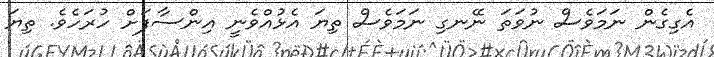
އެގިގެން ނަމަވެސް ނުވަތަ ނޭނގި ނަމަވެސް ތިޔަ އެޅުއްވެނީ އިންސާފަށް ހުރަހެވެ. ތިޔަ